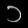
Digit: ၁